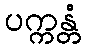
ပက္ကန္တံ